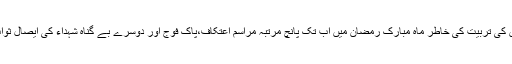
اسی پلیٹ فارم کی طرف سے علاقہ کے نوجوانوں اور جوانوں کی تربیت کی خاطر ماہ مبارک رمضان میں اب تک پانچ مرتبہ مراسم اعتکاف،پاک فوج اور دوسرے بے گناہ شہداء کی ایصال ثواب اور ان کی تجلیل کی خاطر کئی سیمنارمنعقد ہو چکے ہیں ۔